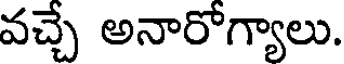
వచ్చే అనారోగ్యాలు.